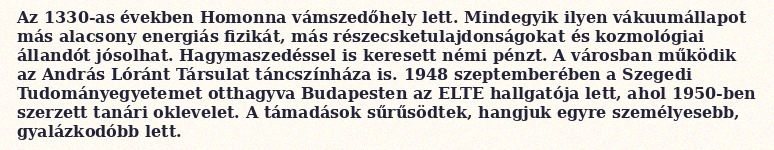
Az 1330-as években Homonna vámszedőhely lett. Mindegyik ilyen vákuumállapot más alacsony energiás fizikát, más részecsketulajdonságokat és kozmológiai állandót jósolhat. Hagymaszedéssel is keresett némi pénzt. A városban működik az András Lóránt Társulat táncszínháza is. 1948 szeptemberében a Szegedi Tudományegyetemet otthagyva Budapesten az ELTE hallgatója lett, ahol 1950-ben szerzett tanári oklevelet. A támadások sűrűsödtek, hangjuk egyre személyesebb, gyalázkodóbb lett.